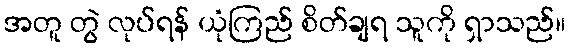
အတူ တွဲ လုပ်ရန် ယုံကြည် စိတ်ချရ သူကို ရှာသည်။